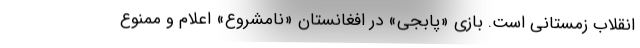
انقلاب زمستانی است. بازی «پابجی» در افغانستان «نامشروع» اعلام و ممنوع